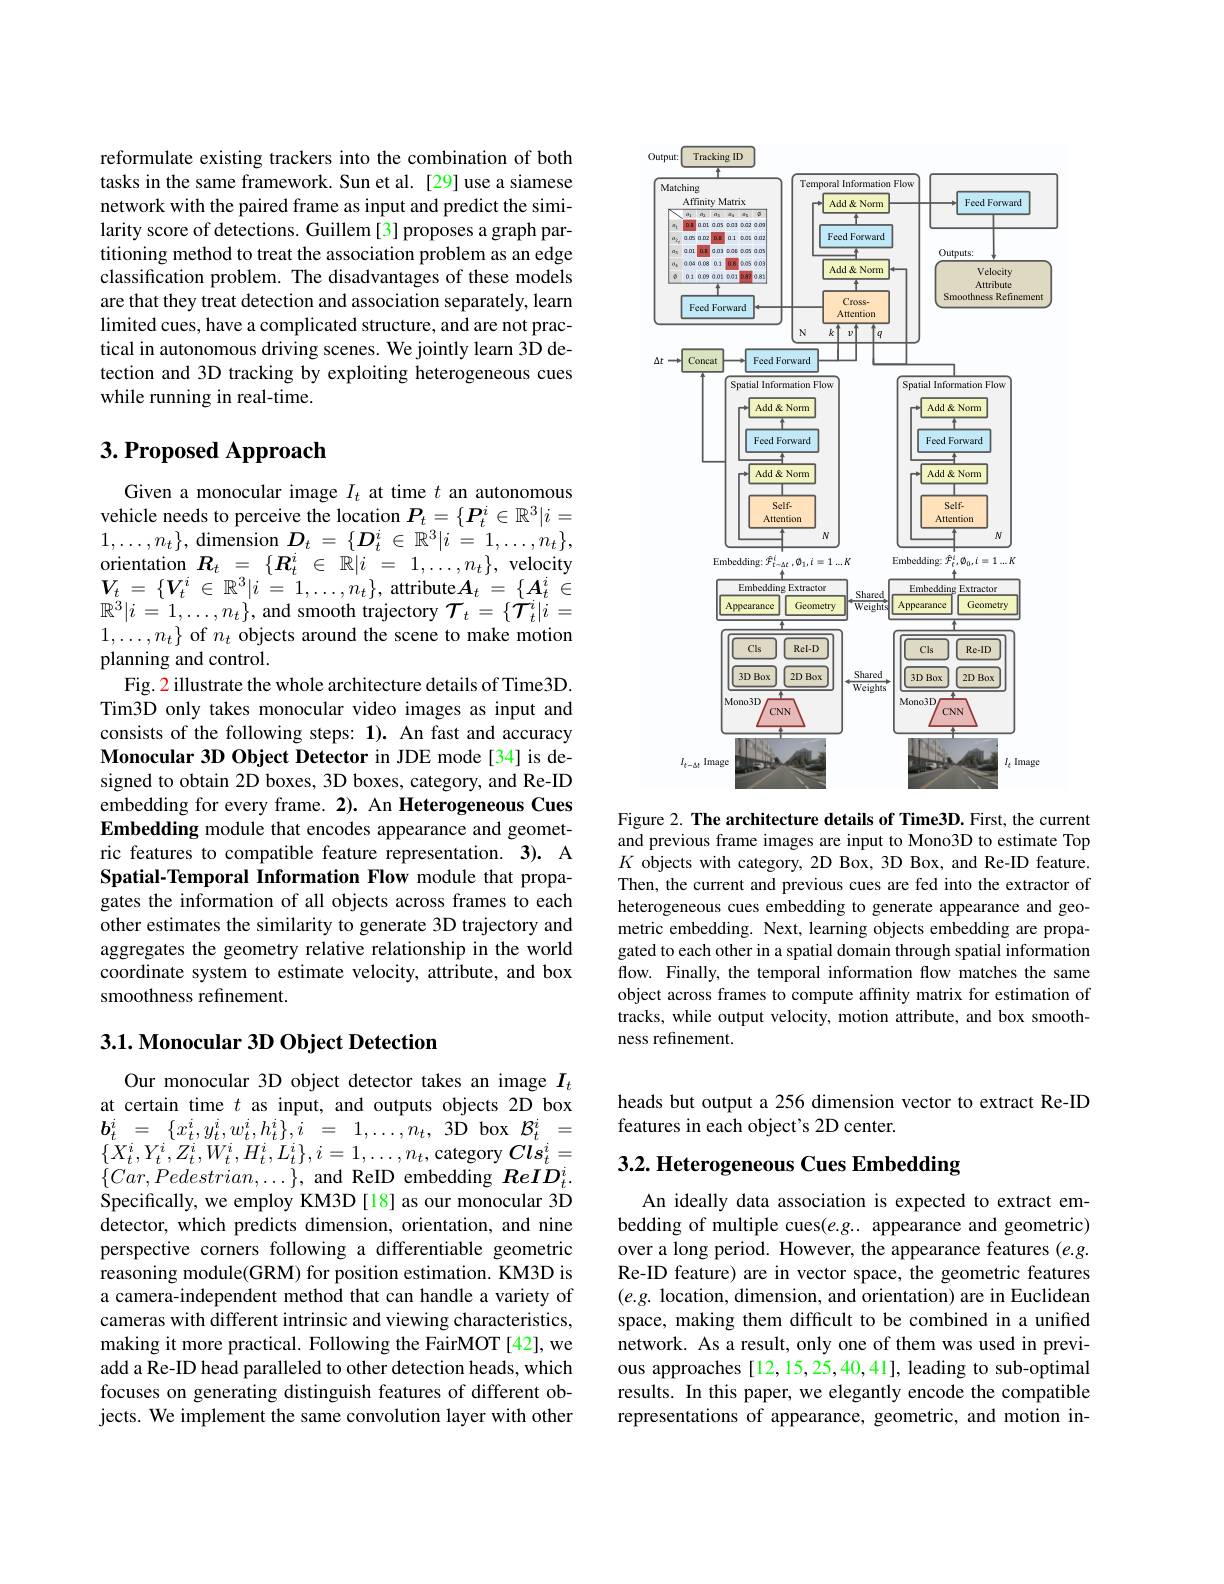
reformulate existing trackers into the combination of both tasks in the same framework. Sun et al. [29] use a siamese network with the paired frame as input and predict the similarity score of detections. Guillem[3] proposes a graph partitioning method to treat the association problem as an edge classification problem. The disadvantages of these models are that they treat detection and association separately, learn limited cues, have a complicated structure, and are not practical in autonomous driving scenes. We jointly learn 3D detection and 3D tracking by exploiting heterogeneous cues while running in real-time.

# 3. Proposed Approach

Given a monocular image $I_t$ at time $t$ an autonomous vehicle needs to perceive the location $P_t=\{\boldsymbol{P}_t^i\in\mathbb{R}^3|i=$ $1,\ldots,n_{t}\}$, dimension $D_t=\{D_t^i\in\mathbb{R}^3|i=1,\ldots,n_t\}$, orientation $\boldsymbol{R}_t= \{ \boldsymbol{R}_t^i\in \mathbb{R} | i$ = $1, \ldots , n_t\} $, velocity $\boldsymbol{V}_{t}= \{ \boldsymbol{V}_{t}^{i}\in \mathbb{R} ^{3}| i$ = $1, \ldots , n_{t}\} $, attribute$\boldsymbol{A}_t$ = $\{ \boldsymbol{A}_{t}^{i}$ $\in$ $\mathbb{R} ^{3}| i$ = $1, \ldots , n_{t}\} $, and smooth trajectory $\mathcal{T} _t$ $= \{ \dot{\mathcal{T} } _{t}^{i}| i$ = $1,\ldots,n_{t}\}$ of $n_t$ objects around the scene to make motion planning and control.
Fig. 2 illustrate the whole architecture details of Time3D. Tim3D only takes monocular video images as input and consists of the following steps: 1). An fast and accuracy Monocular 3D Object Detector in JDE mode[34] is designed to obtain 2D boxes, 3D boxes, category, and Re-ID embedding for every frame. 2). An Heterogeneous Cues Embedding module that encodes appearance and geometric features to compatible feature representation. 3). A Spatial-Temporal Information Flow module that propagates the information of all objects across frames to each other estimates the similarity to generate 3D trajectory and aggregates the geometry relative relationship in the world coordinate system to estimate velocity, attribute, and box smoothness refinement.

### 3.1. Monocular 3D Object Detection

Our monocular 3D object detector takes an image $I_t$ at certain time $t$ as input, and outputs objects 2D box $\begin{array}{rcl}{\boldsymbol{b}_{t}^{i}\:=\:\{x_{t}^{i},y_{t}^{i},w_{t}^{i},h_{t}^{i}\},i\:=\:1,\ldots,n_{t},\:3\mathrm{D}\:\mathrm{box}\:\mathcal{B}_{t}^{i}\:=}\\\end{array}$ $\{X_{t}^{i},Y_{t}^{i},Z_{t}^{i},W_{t}^{i},H_{t}^{i},L_{t}^{i}\},i=1,\ldots,n_{t}$,category $Cls_{t}^{i}=$ $\{Car,Pedestrian,\ldots\}$, and ReID embedding $ReID_t^i.$ Specifically, we employ KM3D [18] as our monocular 3D detector, which predicts dimension, orientation, and nine perspective corners following a differentiable geometric reasoning module(GRM) for position estimation. KM3D is a camera-independent method that can handle a variety of cameras with different intrinsic and viewing characteristics, making it more practical. Following the FairMOT [42], we add a Re-ID head paralleled to other detection heads, which focuses on generating distinguish features of different objects. We implement the same convolution layer with other

<FigureHere>

Figure 2. The architecture details of Time3D. First, the current and previous frame images are input to Mono3D to estimate Top $K$ objects with category, 2D Box, 3D Box, and Re-ID feature. Then, the current and previous cues are fed into the extractor of heterogeneous cues embedding to generate appearance and geometric embedding. Next, learning objects embedding are propagated to each other in a spatial domain through spatial information flow. Finally, the temporal information flow matches the same object across frames to compute affinity matrix for estimation of tracks, while output velocity, motion attribute, and box smoothness refinement.

heads but output a 256 dimension vector to extract Re-ID
features in each object's 2D center.

3.2. Heterogeneous Cues Embedding

An ideally data association is expected to extract embedding of multiple cues(e.g.. appearance and geometric) over a long period. However, the appearance features $(e.g.$ Re-ID feature) are in vector space, the geometric features $(e.g.$ location, dimension, and orientation) are in Euclidean space, making them difficult to be combined in a unified network. As a result, only one of them was used in previous approaches [12,15,25,40,41], leading to sub-optimal results. In this paper, we elegantly encode the compatible representations of appearance, geometric, and motion in-